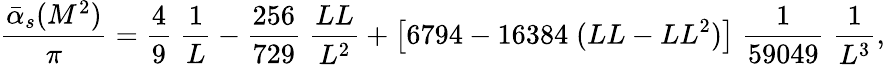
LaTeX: \frac{\bar{\alpha}_{s}(M^{2})}{\pi}=\frac{4}{9}\; \frac{1}{L}-\frac{256}{729}\; \frac{LL}{L^{2}}+\left[6794-16384\; (LL-LL^{2})\right]\; \frac{1}{59049}\; \frac{1}{L^{3}},